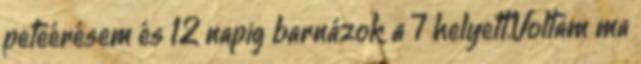
peteérésem és 12 napig barnázok a 7 helyett.Voltam ma